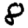
Digit: 8